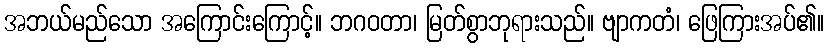
အဘယ်မည်သော အကြောင်းကြောင့်။ ဘဂဝတာ၊ မြတ်စွာဘုရားသည်။ ဗျာကတံ၊ ဖြေကြားအပ်၏။